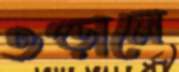
ওপ্‌ড়ালে